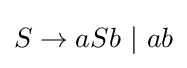
S\to aSb~|~ab